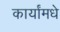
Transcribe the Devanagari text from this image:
कार्यांमधे